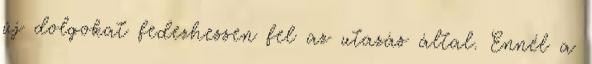
új dolgokat fedezhessen fel az utazás által. Ennél a